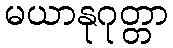
မယာနုဂုတ္တာ